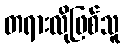
တရားလိုဖြစ်သူ